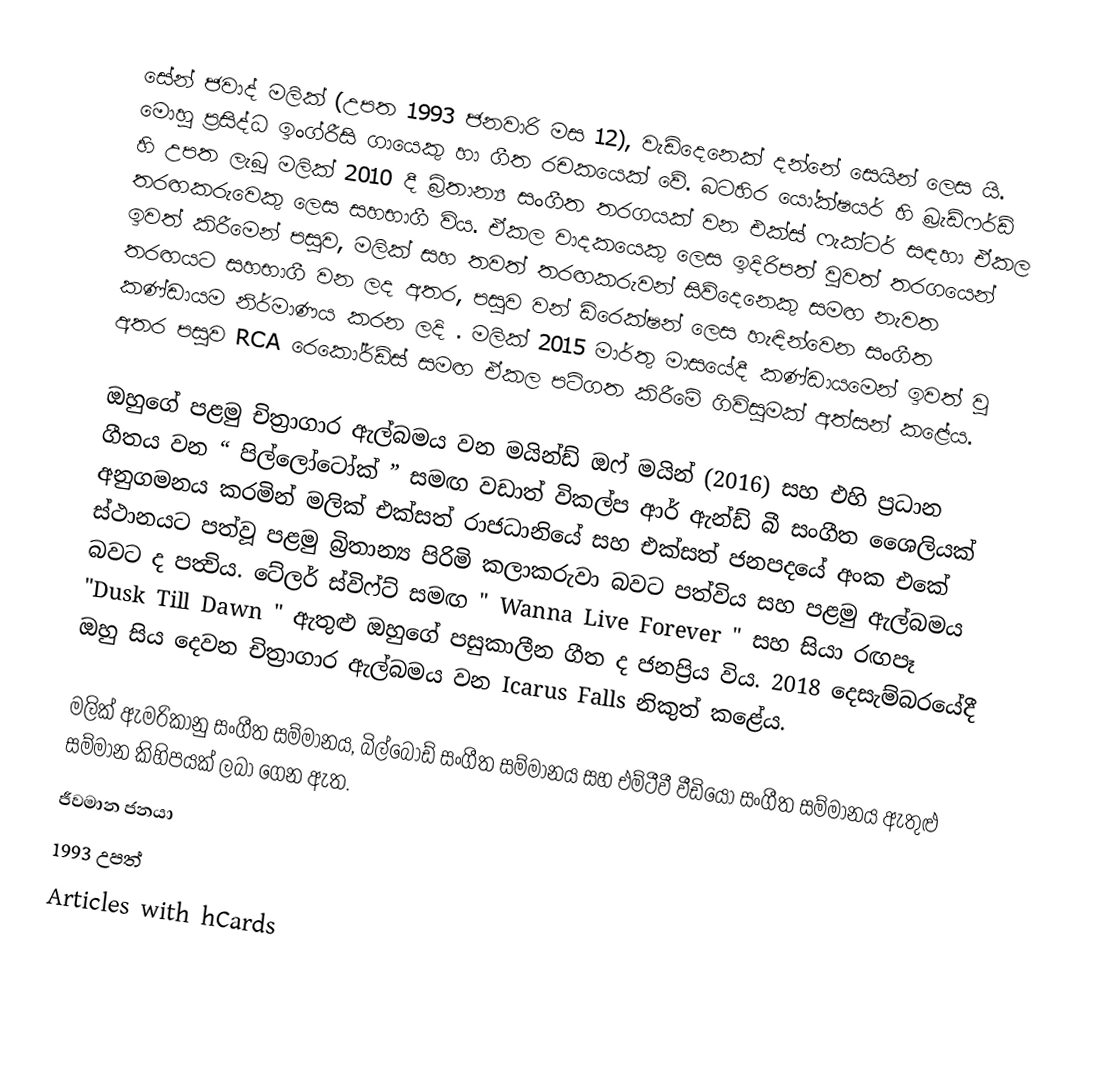
සේන් ජවාද් මලික් (උපත 1993 ජනවාරි මස 12),  වැඩිදෙනෙක් දන්නේ සෙයින් ලෙස යි. මොහු ප්‍රසිද්ධ ඉංග්රීසි ගායෙකු හා ගීත රචකයෙක් වේ. බටහිර යෝක්ෂයර් හි බ්‍රැඩ්ෆර්ඩ් හි උපත ලැබූ මලික් 2010 දී බ්‍රිතාන්‍ය සංගීත තරගයක් වන එක්ස් ෆැක්ටර් සඳහා ඒකල තරඟකරුවෙකු ලෙස සහභාගී විය. ඒකල වාදකයෙකු ලෙස ඉදිරිපත් වුවත් තරගයෙන් ඉවත් කිරීමෙන් පසුව, මලික් සහ තවත් තරඟකරුවන් සිව්දෙනෙකු සමඟ නැවත තරඟයට සහභාගී වන ලද අතර, පසුව වන් ඩිරෙක්ෂන් ලෙස හැඳින්වෙන සංගීත කණ්ඩායම නිර්මාණය කරන ලදි . මලික් 2015 මාර්තු මාසයේදී කණ්ඩායමෙන් ඉවත් වූ අතර පසුව RCA රෙකෝර්ඩ්ස් සමඟ ඒකල පටිගත කිරීමේ ගිවිසුමක් අත්සන් කළේය.

ඔහුගේ පළමු චිත්‍රාගාර ඇල්බමය වන මයින්ඩ් ඔෆ් මයින් (2016) සහ එහි ප්‍රධාන ගීතය වන “ පිල්ලෝටෝක් ” සමඟ වඩාත් විකල්ප ආර් ඇන්ඩ් බී සංගීත ශෛලියක් අනුගමනය කරමින් මලික් එක්සත් රාජධානියේ සහ එක්සත් ජනපදයේ අංක එකේ ස්ථානයට පත්වූ පළමු බ්‍රිතාන්‍ය පිරිමි කලාකරුවා බවට පත්විය සහ පළමු ඇල්බමය බවට ද පත්‍විය. ටේලර් ස්විෆ්ට් සමඟ " Wanna Live Forever " සහ සියා රඟපෑ "Dusk Till Dawn  " ඇතුළු ඔහුගේ පසුකාලීන ගීත ද ජනප්‍රිය විය. 2018 දෙසැම්බරයේදී ඔහු සිය දෙවන චිත්‍රාගාර ඇල්බමය වන Icarus Falls නිකුත් කළේය.

මලික් ඇමරිකානු සංගීත සම්මානය, බිල්බෝඩ් සංගීත සම්මානය සහ එම්ටීවී වීඩියෝ සංගීත සම්මානය ඇතුළු සම්මාන කිහිපයක් ලබා ගෙන ඇත.
ජීවමාන ජනයා
1993 උපත්
Articles with hCards